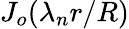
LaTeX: J_{o}(\lambda_{n}r/R)